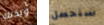
وبذلك سنحصل